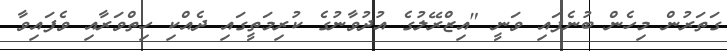
ގަތަރުން މިހެން ބުނެފައި ވަނީ "އިޒްރޭލުގެ އުދުވާނުގެ ކުރިމަތީގައި ދެއްކި ހިތްވަރާއި ވެފައިވާ